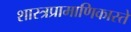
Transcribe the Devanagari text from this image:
शास्त्रप्रामाणिकास्ते